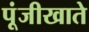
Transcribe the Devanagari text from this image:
पूंजीखाते